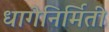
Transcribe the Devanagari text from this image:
धागेनिर्मिती